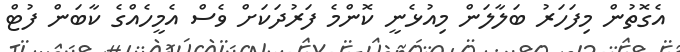
އެގޮތުން މިފަހަރު ބަލާލަން މިއުޅެނީ ކޮންމެ ފަރުދަކަށް ވެސް އެމީހެއްގެ ކާބަން ފުޓް